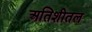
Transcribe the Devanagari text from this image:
अतिशीतल